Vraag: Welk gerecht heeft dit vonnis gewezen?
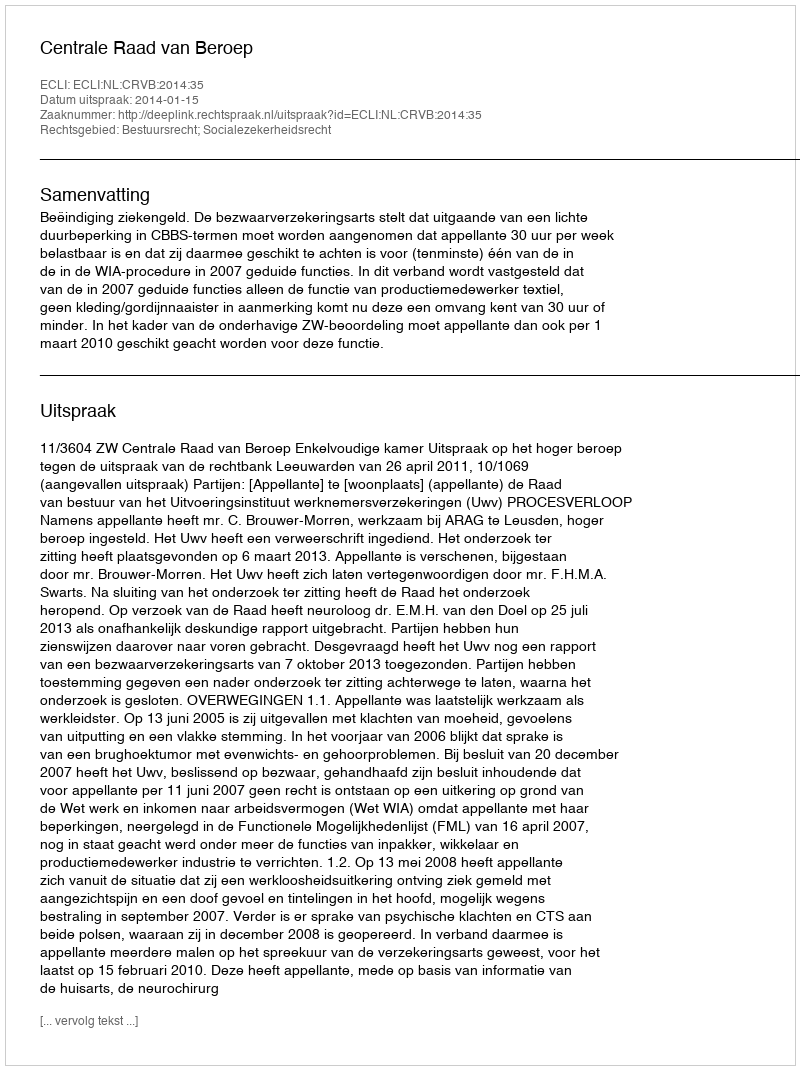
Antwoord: Centrale Raad van Beroep